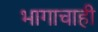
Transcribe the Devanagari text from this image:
भागाचाही